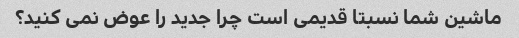
ماشین شما نسبتا قدیمی است چرا جدید را عوض نمی کنید؟